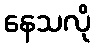
နေသလို